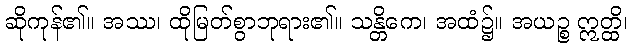
ဆိုကုန်၏။ အဿ၊ ထိုမြတ်စွာဘုရား၏။ သန္တိကေ၊ အထံ၌။ အယဉ္စ ဣတ္ထိ၊